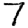
Digit: 7